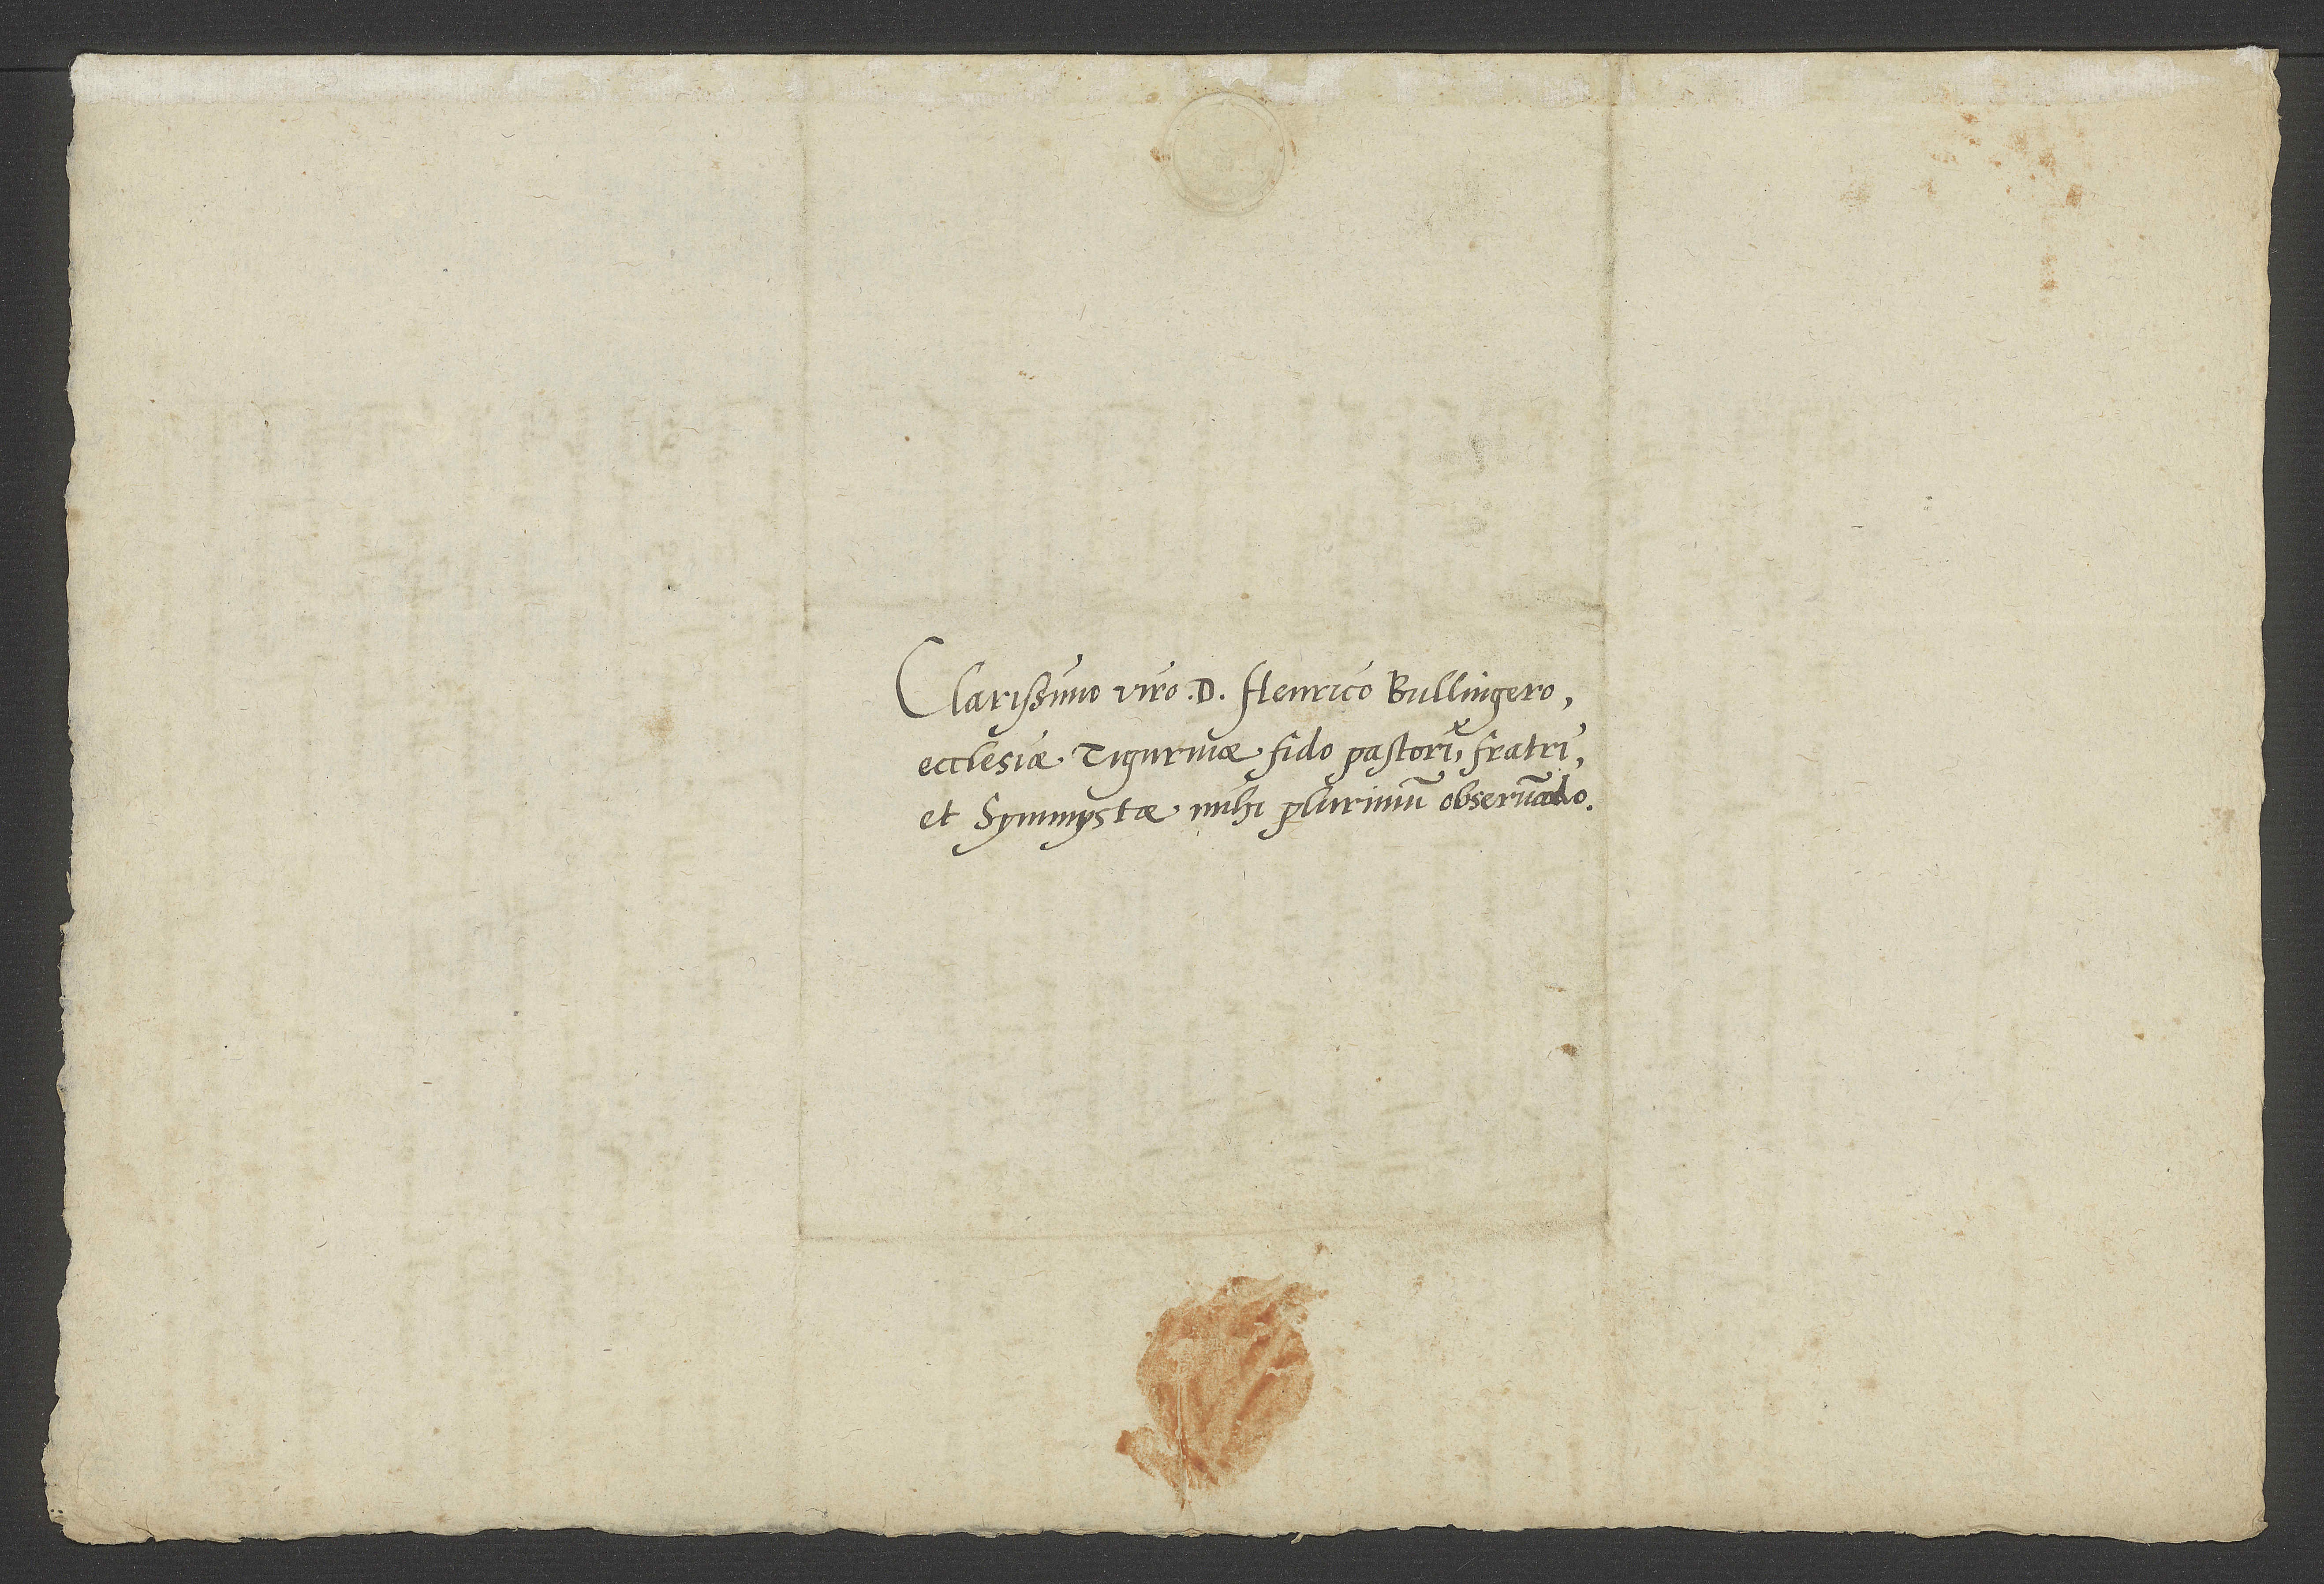
Clarissimo viro d. Henrico Bullingero,
ecclesiae Tigurinae fido pastori, fratri
et symmystae mihi plurimum observando.